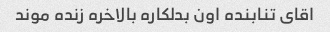
اقای تنابنده اون بدلکاره بالاخره زنده موند